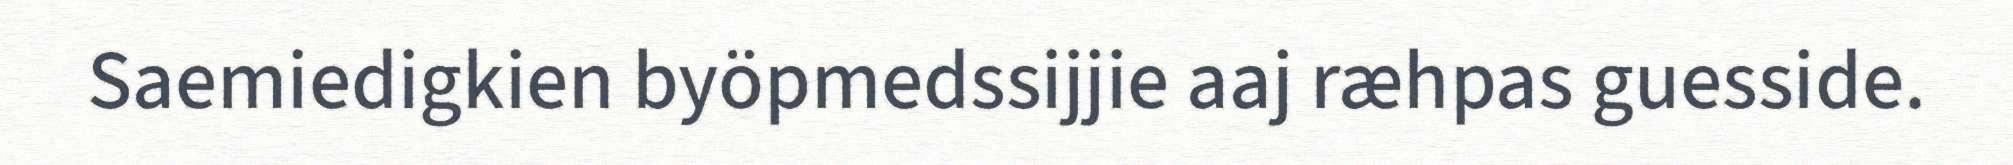
Saemiedigkien byöpmedssijjie aaj ræhpas guesside.